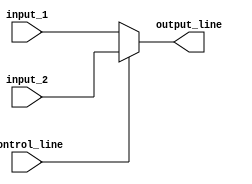
module mux_32 (
 input [31:0] input_1, input_2,
 input control_line,
 output reg [31:0] output_line
);

always @ (*) begin
    if (control_line == 0)
        output_line = input_1;
    else
        output_line = input_2;
end

endmodule